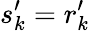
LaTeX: s_{k}^{\prime}=r_{k}^{\prime}